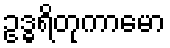
ဥဒ္ဓရိတုကာမော